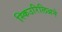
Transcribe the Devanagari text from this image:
स्किउरिलिअने